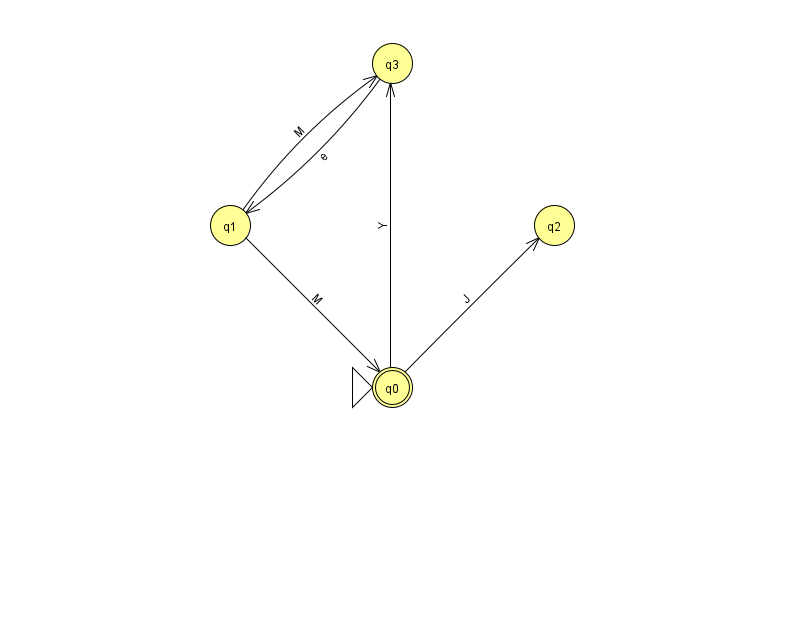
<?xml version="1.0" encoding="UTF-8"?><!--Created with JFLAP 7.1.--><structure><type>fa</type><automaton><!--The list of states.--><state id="0" name="q0"><x>392.0</x><y>374.0</y><initial/><final/></state><state id="1" name="q1"><x>230.0</x><y>212.0</y></state><state id="2" name="q2"><x>554.0</x><y>212.0</y></state><state id="3" name="q3"><x>392.0</x><y>50.0</y></state><!--The list of transitions.--><transition><from>1</from><to>3</to><read>M</read></transition><transition><from>0</from><to>2</to><read>J</read></transition><transition><from>1</from><to>0</to><read>M</read></transition><transition><from>0</from><to>3</to><read>Y</read></transition><transition><from>3</from><to>1</to><read>e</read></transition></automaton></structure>